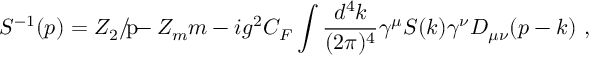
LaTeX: { S } ^ { - 1 } ( p ) = Z _ { 2 } \rlap { p } / - Z _ { m } m - i g ^ { 2 } C _ { F } \int \frac { d ^ { 4 } k } { ( 2 \pi ) ^ { 4 } } \gamma ^ { \mu } { S } ( k ) \gamma ^ { \nu } D _ { \mu \nu } ( p - k ) ~ ,